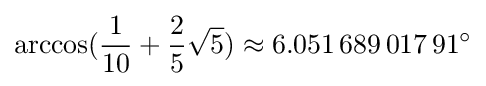
\arccos({\frac {1}{10}}+{\frac {2}{5}}{\sqrt {5}})\approx 6.051\,689\,017\,91^{\circ }